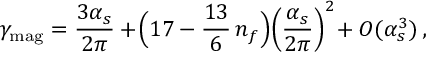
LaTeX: \gamma _ { \mathrm { m a g } } = \frac { 3 \alpha _ { s } } { 2 \pi } + \! \Big ( 1 7 - \frac { 1 3 } { 6 } \, n _ { f } \Big ) \! \left( \frac { \alpha _ { s } } { 2 \pi } \right) ^ { 2 } \! + O ( \alpha _ { s } ^ { 3 } ) \, ,